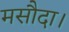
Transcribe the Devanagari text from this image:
मसौदा।